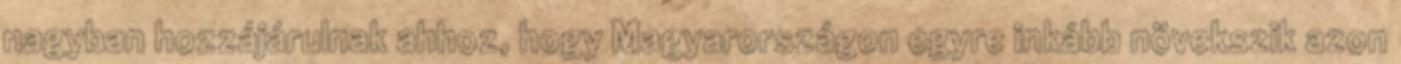
nagyban hozzájárulnak ahhoz, hogy Magyarországon egyre inkább növekszik azon